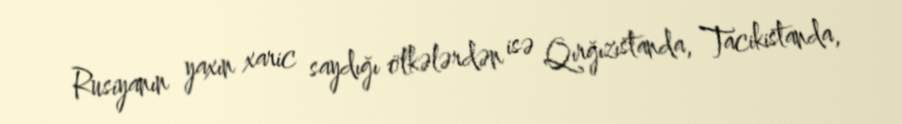
Rusiyanın yaxın xaric saydığı ölkələrdən isə Qırğızıstanda, Tacikistanda,